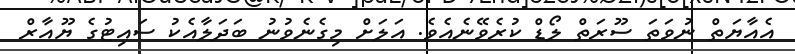
އެއާޔަތް ނުވަތަ ސޫރަތް ލޯޑް ކުރެވޭނެއެވެ. އަލަށް މިގެނެވުނު ބަދަލާއެކު ސައިޓުގެ ޔޫއާރް